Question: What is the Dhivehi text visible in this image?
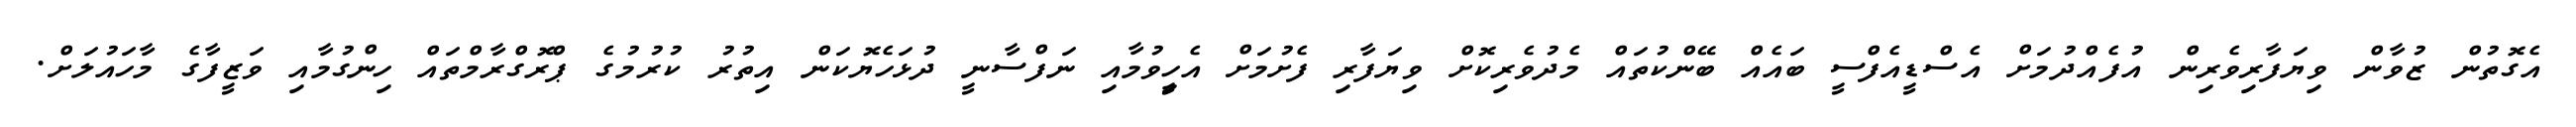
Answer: އެގޮތުން ޒުވާން ވިޔަފާރިވެރިން އުފެއްދުމަށް އެސްޑީއެފްސީ ބައެއް ބޭންކުތައް މެދުވެރިކޮށް ވިޔަފާރި ފެށުމަށް އެހީިވުމާއި ނަފްސާނީ ދުޅަހެޔޮކަން އިތުރު ކުރުމުގެ ޕްރޮގްރާމްތައް ހިންގުމާއި ވަޒީފާގެ މާހައުލަށް.